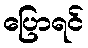
ပြောရင်